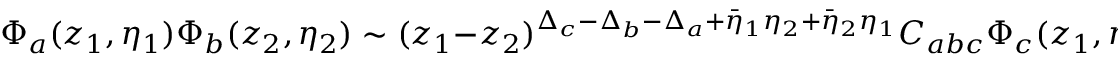
\Phi _ { a } ( z _ { 1 } , \eta _ { 1 } ) \Phi _ { b } ( z _ { 2 } , \eta _ { 2 } ) \sim ( z _ { 1 } - z _ { 2 } ) ^ { \Delta _ { c } - \Delta _ { b } - \Delta _ { a } + \bar { \eta } _ { 1 } \eta _ { 2 } + \bar { \eta } _ { 2 } \eta _ { 1 } } C _ { a b c } \Phi _ { c } ( z _ { 1 } , \eta _ { 3 } )